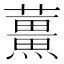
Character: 𫊌